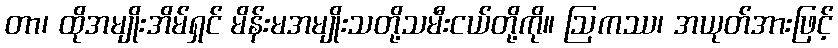
တာ၊ ထိုအမျိုးအိမ်ရှင် မိန်းမအမျိုးသတို့သမီးငယ်တို့ကို။ ဩကဿ၊ အယုတ်အားဖြင့်